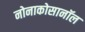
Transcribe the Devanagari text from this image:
नोनाकोसानॉल